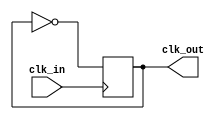
module clock_generator(
    input wire clk_in,
    output reg clk_out
);

always @ (posedge clk_in) begin
    clk_out <= ~clk_out; // Generate a clock signal with half the frequency of the input clock
end

endmodule